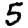
Digit: 5